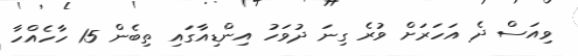
ވިއަސް ދެ އަހަރަށް ވުރެ ގިނަ ދުވަހު އިންޑިއާގައި ތިބެން 15 ހާހެއްހާ